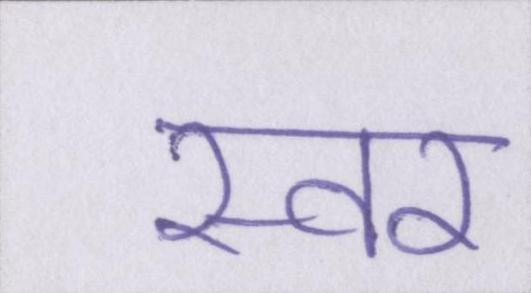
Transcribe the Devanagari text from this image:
स्वर